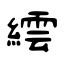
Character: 繧